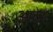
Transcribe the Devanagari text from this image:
अगेगे